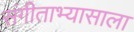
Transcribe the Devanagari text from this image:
संगीताभ्यासाला